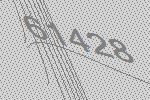
61428